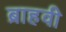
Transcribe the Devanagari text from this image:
ब्राहवी